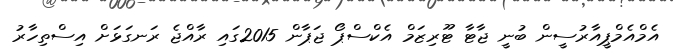
އެމްއެމްޕީއާރުސީން ބުނީ ޖާޓާ ޓޫރިޒަމް އެކްސްޕޯ ޖަޕާން 2015ގައި ރާއްޖެ ރަނގަޅަށް އިސްތިހާރު